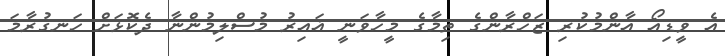
އެ ވީޑިއޯ އާންމުކުރި ޒަހްރާންގެ ތިމާގެ މީހާވަނީ ޣައިރު މުސްލިމުންނާ ދެކޮޅަށް ހަނގުރާމަ